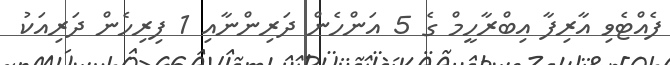
ފެއްޓެވި އާރިފާ އިބްރާހީމް ގެ 5 އަންހެން ދަރިންނާއި 1 ފިރިހެން ދަރިއަކު